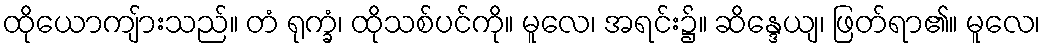
ထိုယောကျ်ားသည်။ တံ ရုက္ခံ၊ ထိုသစ်ပင်ကို။ မူလေ၊ အရင်း၌။ ဆိန္ဒေယျ၊ ဖြတ်ရာ၏။ မူလေ၊